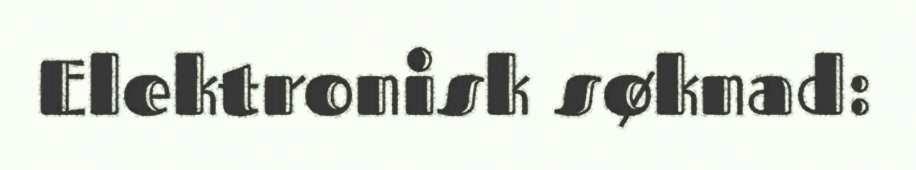
Elektronisk søknad: